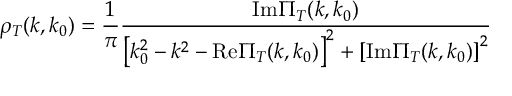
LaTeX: \rho _ { T } ( k , k _ { 0 } ) = \frac { 1 } { \pi } \frac { \mathrm { I m } \Pi _ { T } ( k , k _ { 0 } ) } { \left[ k _ { 0 } ^ { 2 } - k ^ { 2 } - \mathrm { R e } \Pi _ { T } ( k , k _ { 0 } ) \right] ^ { 2 } + \left[ \mathrm { I m } \Pi _ { T } ( k , k _ { 0 } ) \right] ^ { 2 } }